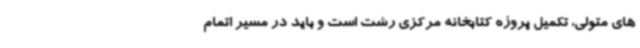
های متولی، تکمیل پروژه کتابخانه مرکزی رشت است و باید در مسیر اتمام